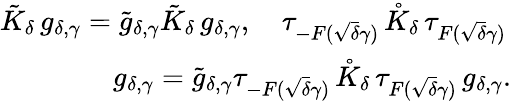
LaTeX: \begin{array}{r}{\tilde{K}_{\delta}\, g_{\delta,\gamma}=\tilde{g}_{\delta,\gamma}\tilde{K}_{\delta}\, g_{\delta,\gamma},\quad\tau_{-F(\sqrt{\delta}\gamma)}\, \mathring{K}_{\delta}\, \tau_{F(\sqrt{\delta}\gamma)}\, }\\ {g_{\delta,\gamma}=\tilde{g}_{\delta,\gamma}\tau_{-F(\sqrt{\delta}\gamma)}\, \mathring{K}_{\delta}\, \tau_{F(\sqrt{\delta}\gamma)}\, g_{\delta,\gamma}.}\end{array}